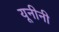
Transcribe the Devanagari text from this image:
यूनीनी